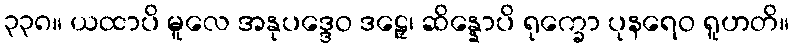
၃၃၈။ ယထာပိ မူလေ အနုပဒ္ဒေဝ ဒဠှေ၊ ဆိန္နောပိ ရုက္ခော ပုနရေဝ ရူဟတိ။